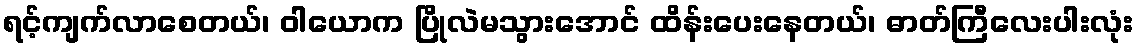
ရင့်ကျက်လာစေတယ်၊ ဝါယောက ပြိုလဲမသွားအောင် ထိန်းပေးနေတယ်၊ ဓာတ်ကြီလေးပါးလုံး